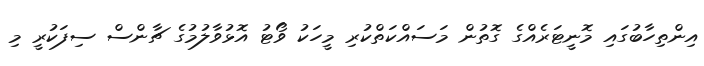
އިންތިހާބުގައި މޮނީޓަރެއްގެ ގޮތުން މަސައްކަތްކުރި މީހަކު ވޯޓު އޮޅުވާލުމުގެ ޗާންސް ސިފަކުރީ މި